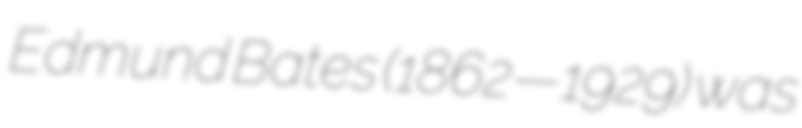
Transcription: Edmund Bates (1862—1929) was